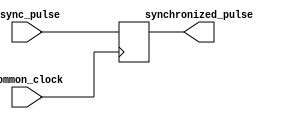
module PulseSynchronizer (
    input wire async_pulse,
    input wire common_clock,
    
    output reg synchronized_pulse
);

reg sync_flip_flop;

always @(posedge common_clock) begin
    sync_flip_flop <= async_pulse;
end

assign synchronized_pulse = sync_flip_flop;

endmodule